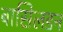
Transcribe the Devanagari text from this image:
बासिलडन